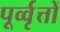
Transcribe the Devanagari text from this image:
पूर्व्वृत्तों